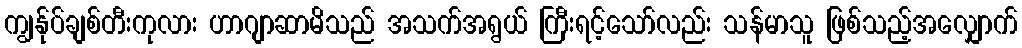
ကျွန်ုပ်ချစ်တီးကုလား ဟာဂျာဆာမိသည် အသက်အရွယ် ကြီးရင့်သော်လည်း သန်မာသူ ဖြစ်သည့်အလျှောက်